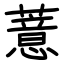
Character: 薏